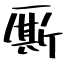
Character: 厮